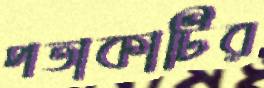
পতাকাটির